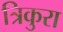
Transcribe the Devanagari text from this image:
त्रिकुरा